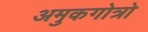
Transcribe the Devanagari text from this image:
अमुकगोत्रो